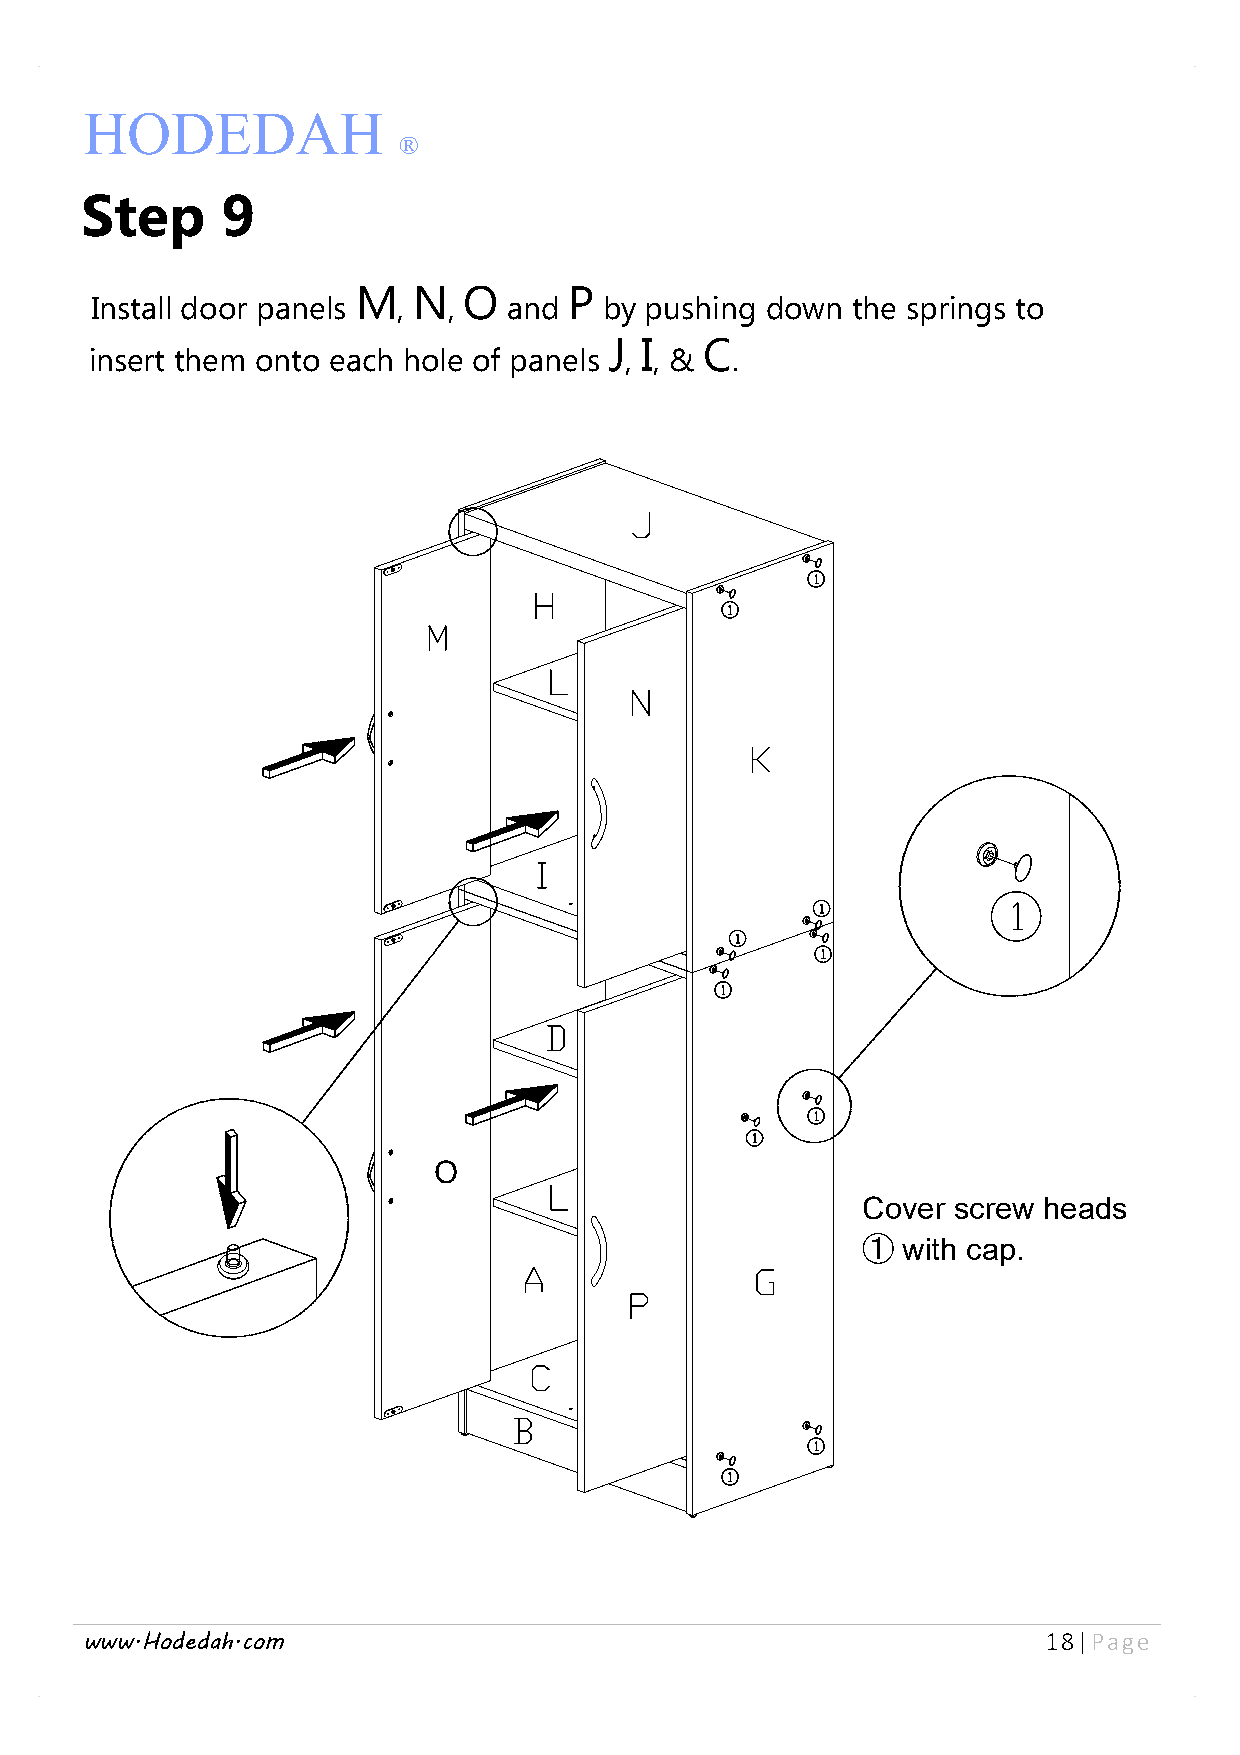
HODEDAH
 ®
 Step      9
 M  N   O      P
 Install door panels ,   ,   and   by pushing down the springs to
 J I    C
 insert them onto each hole of panels , , & .
 O
 Cover screw heads
 ①  with cap.
 www.Hodedah.com                                                 18| Page